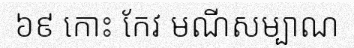
៦៩ កោះ កែវ មណីសម្បាណ